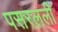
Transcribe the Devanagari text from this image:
पसरलली